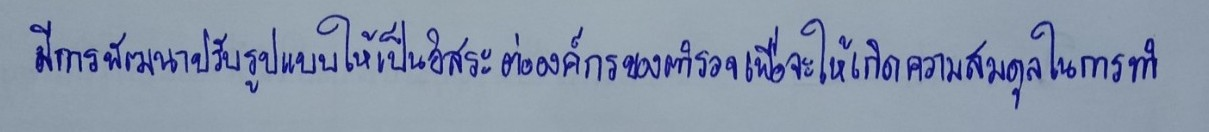
มีการพัฒนาปรับรูปแบบให้เป็นอิสระต่อองค์กรของตำรวจเพื่อจะให้เกิดความสมดุลในการทำ